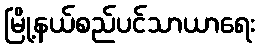
မြို့နယ်စည်ပင်သာယာရေး